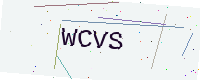
Text: WCVS